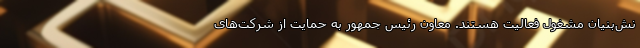
نش‌بنیان مشغول فعالیت هستند. معاون رئیس جمهور به حمایت از شرکت‌های